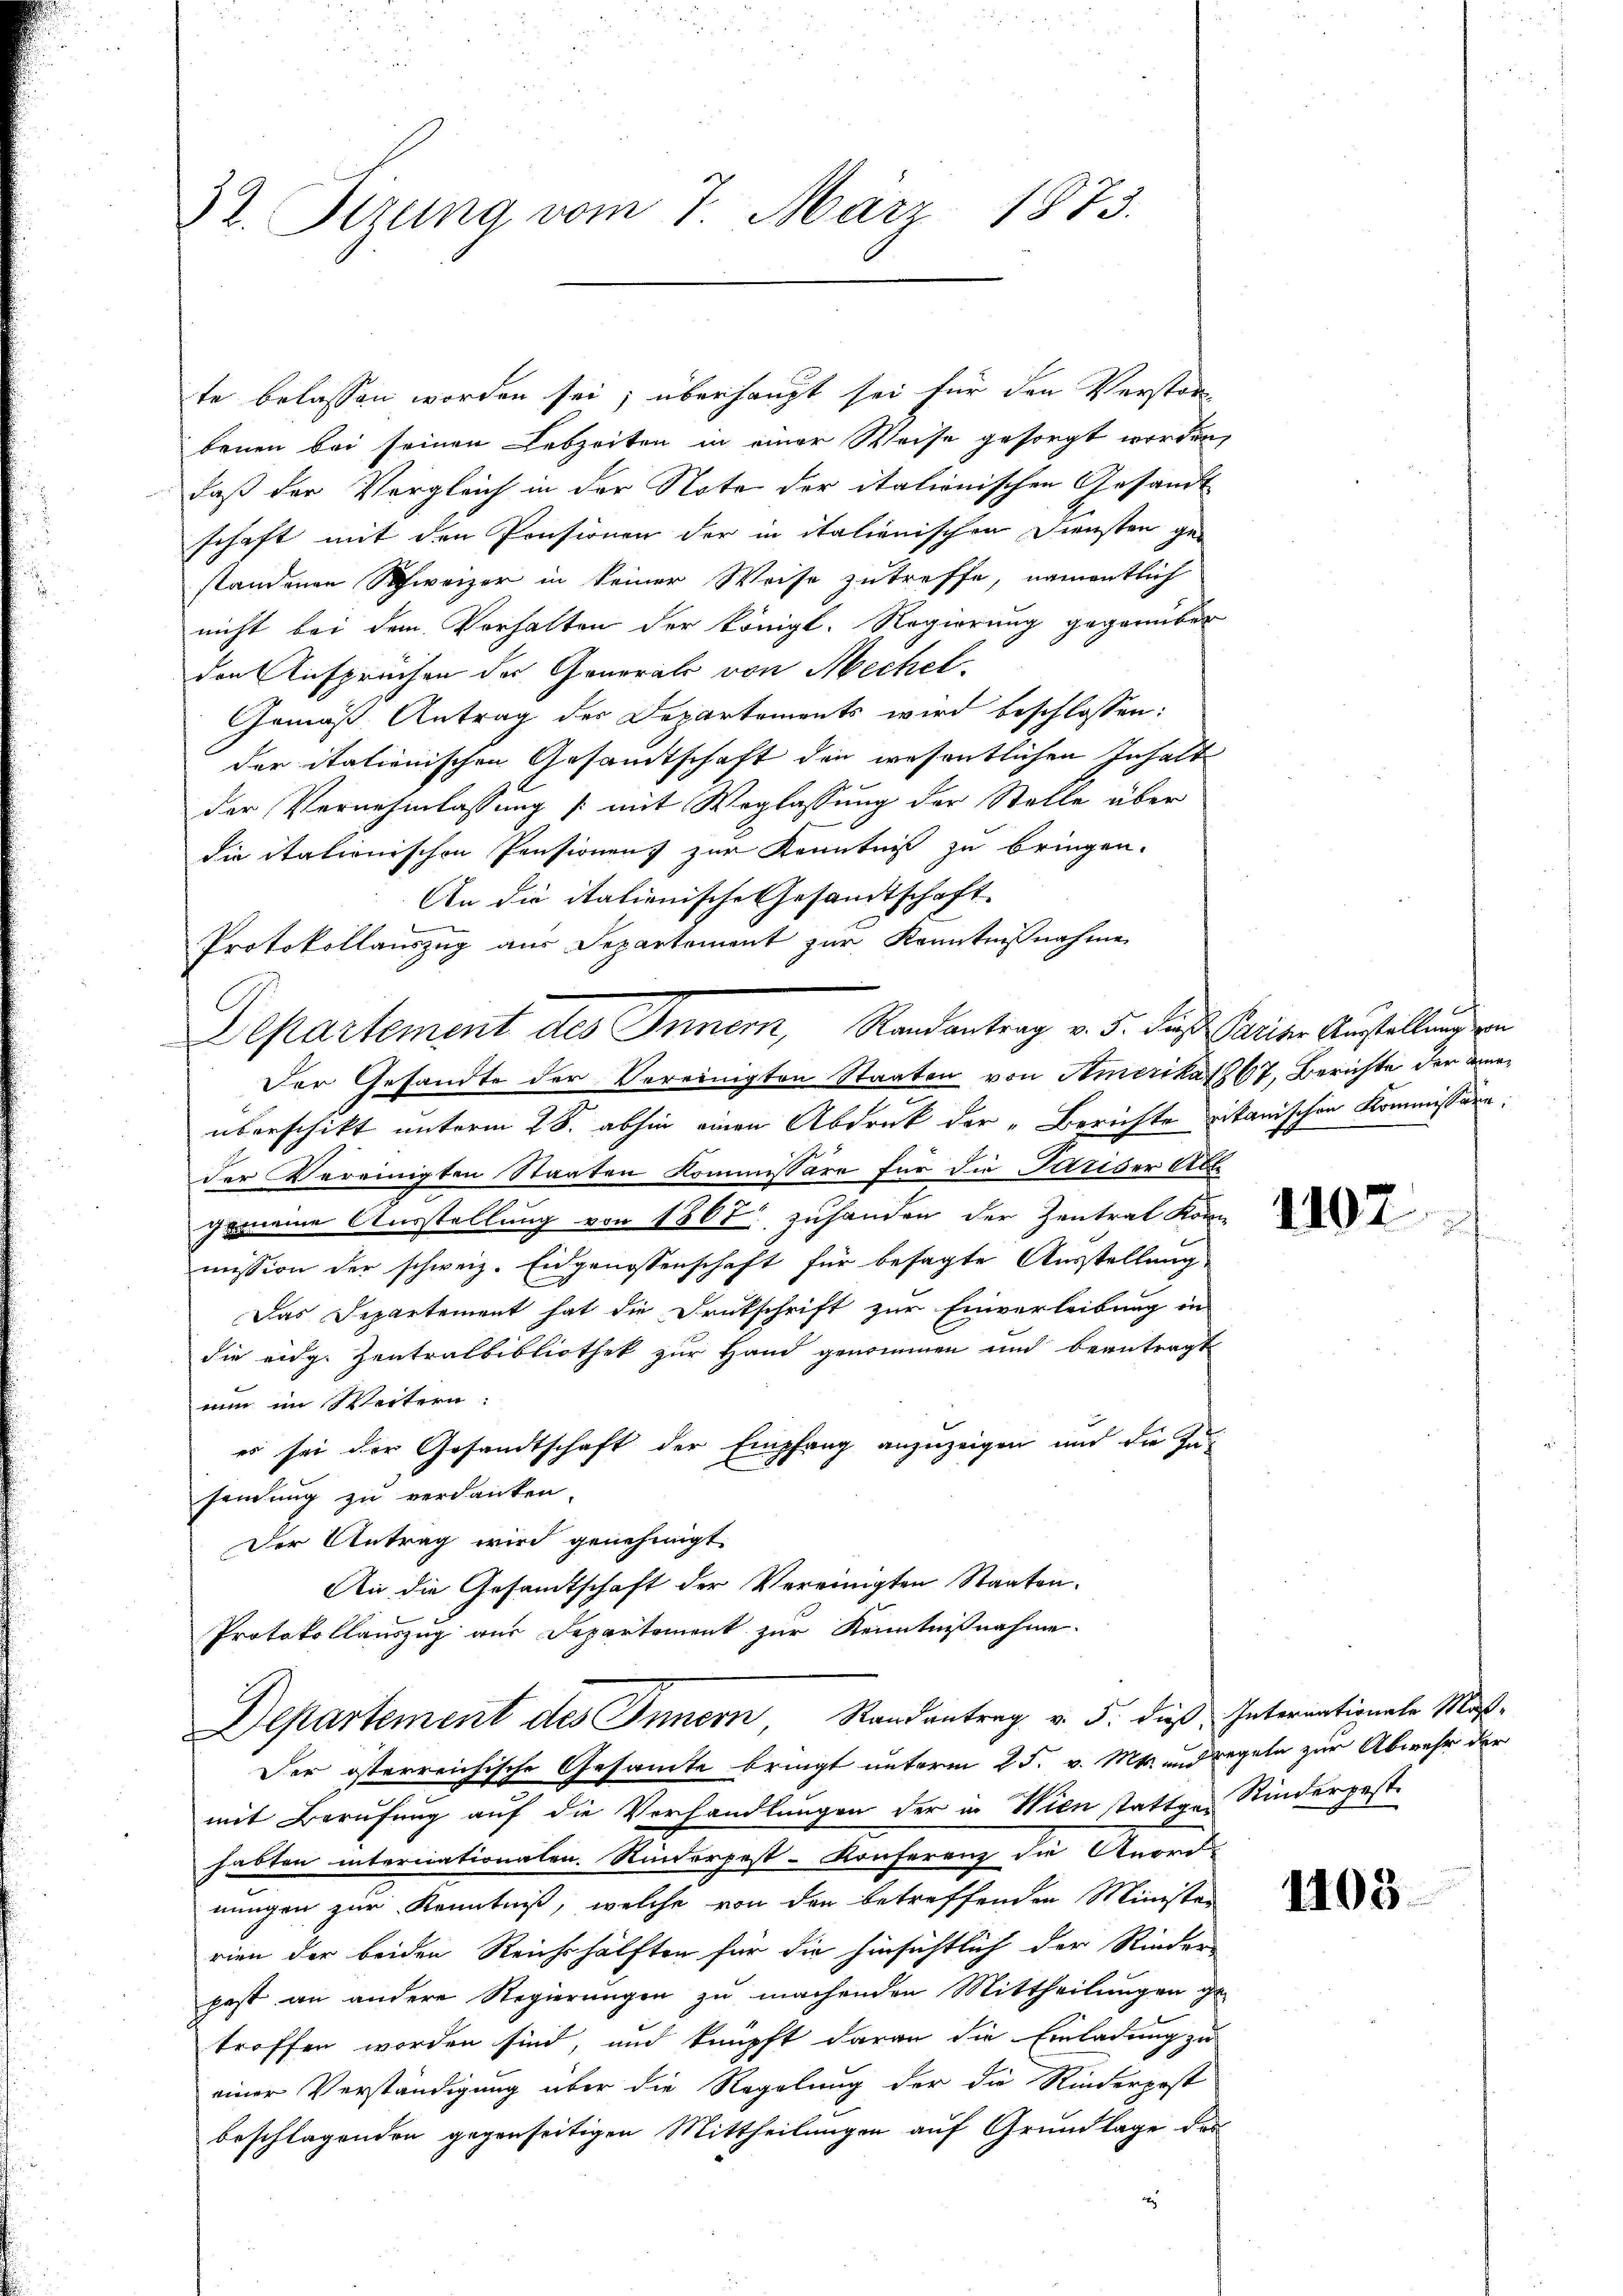
32. Sitzung vom 7. März 1873.

te belassen worden sei; überhaupt sei für den Verstor-
benen bei seinen Lebzeiten in einer Weise gesorgt worden,
daß der Vergleich in der Note der italionischen Gesandt
schaft mit den Pensionen der in italienischen Diensten ge-
standenen Schweizer in keiner Weise zutreffe, namentlich
nicht bei dem Verhalten der königl. Regierung gegenüber
den Ansprüchen des General von Mechel¬
Gemäß Antrag der Departements wird beschlossen:
der italienischen Gesandtschaft den wesentlichen Inhalte
der Vernehmlassung (mit Weglassung der Stelle über
die italienischen Pensionens zur Kenntniß zu bringen.
An die italienische Gesandtschaft
Protokollauszug aus Departement zur Kenntnißnahme
Der Gesandte der Vereinigten Staaten von Amerikat 867, Berichte der anüberschikt unterm 28. abhin einen Abdruck der „Berichte vitanischen Kommissäre:
der Vereinigten Staaten Kommissäre für die Pariser Able
gemeine Ausstellung von 1867 zuhanden der Zentrat Kon
mission der schweiz. Eidgenossenschaft für besagte Ausstellung
Das Departement hat die Druckschrift zur Einverleibung in
die eidg. Zentralbibliothek zur Hand genommen und beantragt
num im Weitern:
es sei der Gesandtschaft der Empfang anzuzeigen und die Ju-
sendung zu verdanken.
Der Antrag wird genehmigt.
An die Gesamtschaft der Vereinigten Staaten.
Protokollauszug aus Departement zur Kenntnißnahme
1
Departement des Innern, Randantrag v. 5. dieß Internationale Maß¬
Der österreichische Gesamte bringt unterm 25. v. Mts. und regeln zur Abwehr der
mit Berufung auf die Verhandlungen der in Wien stattgen Kinderpest.
habten internationaten. Rinderpest-Konferenz die Anord-
nungen zur Kenntniß, welche von den betreffenden Minister
rien der beiden Reichshälften für die hinsichtlich der Rinder
past an andere Regierungen zu machenden Mittheilungen ge-
troffen worden sind, und knüpft daran die Einladung zu
einer Verständigung über die Regelung der die Riederpost
beschlagenden gegenseitigen Mittheilungen auf Grundlage des
d

Departement des Innern, Randantrag v. 5. dieß Seiten Austellung un

1102

1403.